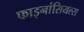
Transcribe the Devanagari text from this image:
फाइनांसियल्स